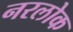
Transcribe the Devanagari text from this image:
नरलोक